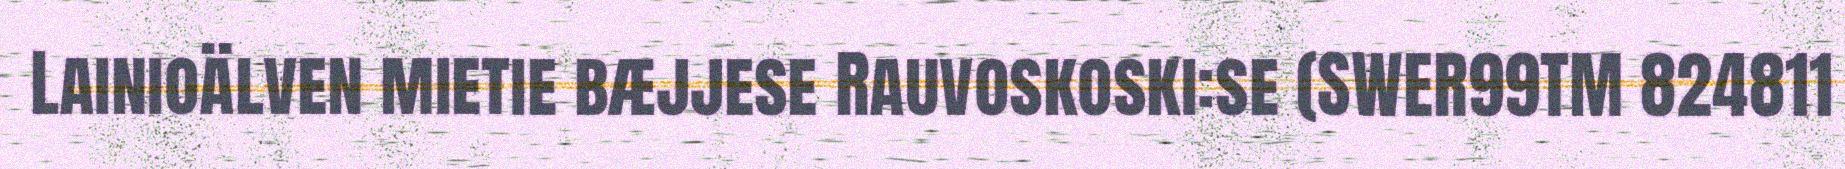
Lainioälven mietie bæjjese Rauvoskoski:se (SWER99TM 824811